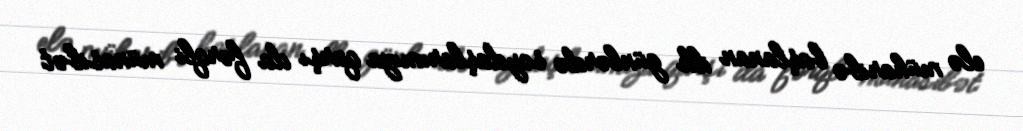
elə müharibə başlanan ilk günlərdə soydaşlarımıza qarşı da fərqli münasibət